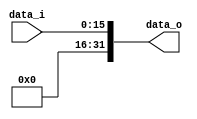
module Zero_Filled( data_i, data_o );

//I/O ports
input	[16-1:0] data_i;
output	[32-1:0] data_o;

//Internal Signals
wire	[32-1:0] data_o;

//Zero_Filled
/*your code here*/

assign data_o[15:0] = data_i[15:0];

genvar i;
generate
    for (i = 16; i < 32; i = i + 1)
    begin
        assign data_o[i] = 0;
    end
endgenerate

endmodule